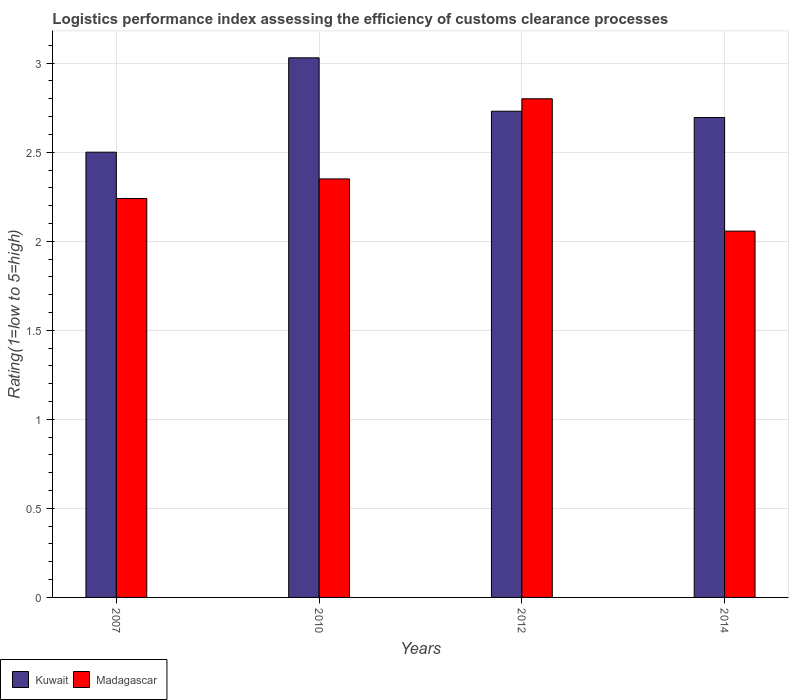
| Years | Kuwait | Madagascar |
 | --- | --- | --- |
 | 2007 | 2.5 | 2.24 |
 | 2010 | 3.03 | 2.35 |
 | 2012 | 2.73 | 2.8 |
 | 2014 | 2.69 | 2.06 |